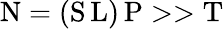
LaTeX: \mathrm{N}=(\mathrm{S}\, \mathrm{L})\, \mathrm{P}>>\mathrm{T}